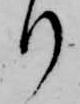
り